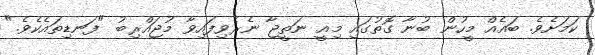
ކަމަށެވެ. ބައެއް މީހުން ބުނާ ގޮތުގައި މިއީ ނަތީޖާ ނެރެވިފައިވާ މުޖައްރިބު "ފަނޑިތައެކެވެ."